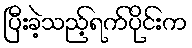
ပြီးခဲ့သည့်ရက်ပိုင်းက